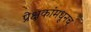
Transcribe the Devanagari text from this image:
प्रेक्षकांमधूनच